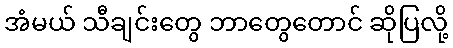
အံမယ် သီချင်းတွေ ဘာတွေတောင် ဆိုပြလို့